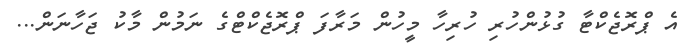
އެ ޕްރޮޖެކްޓާ ގުޅުންހުރި ހުރިހާ މީހުން މަރާފަ ޕްރޮޖެކްޓްގެ ނަމުން މާކު ޖަހާނަން...